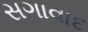
સગાવાદ